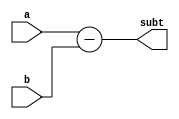
/**
* a - b = subt
*/
module subtraction#(
	parameter DWIDTH = 16
)(
	input [DWIDTH - 1:0] a,
	input [DWIDTH - 1:0] b,
	output [DWIDTH:0]    subt
);
	assign subt = a - b;
endmodule